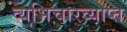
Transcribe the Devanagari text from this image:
व्यभिचारव्याप्त